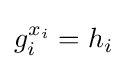
g_{i}^{x_{i}}=h_{i}